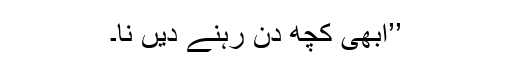
’’ابھی کچھ دن رہنے دیں نا۔